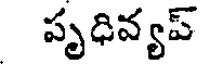
పృధివ్యప్